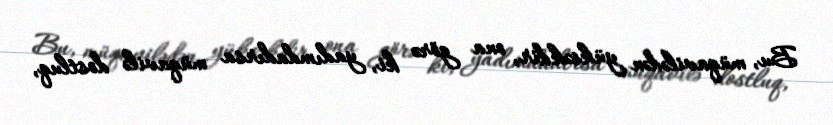
Bu, müqavilədən yüksəkdir, ona görə ki, yadımdadırsa müqavilə dostluq,